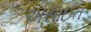
અસાઈત